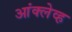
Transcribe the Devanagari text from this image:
आंक्लेव्ह